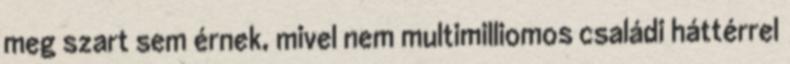
meg szart sem érnek, mivel nem multimilliomos családi háttérrel